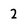
Character: 2